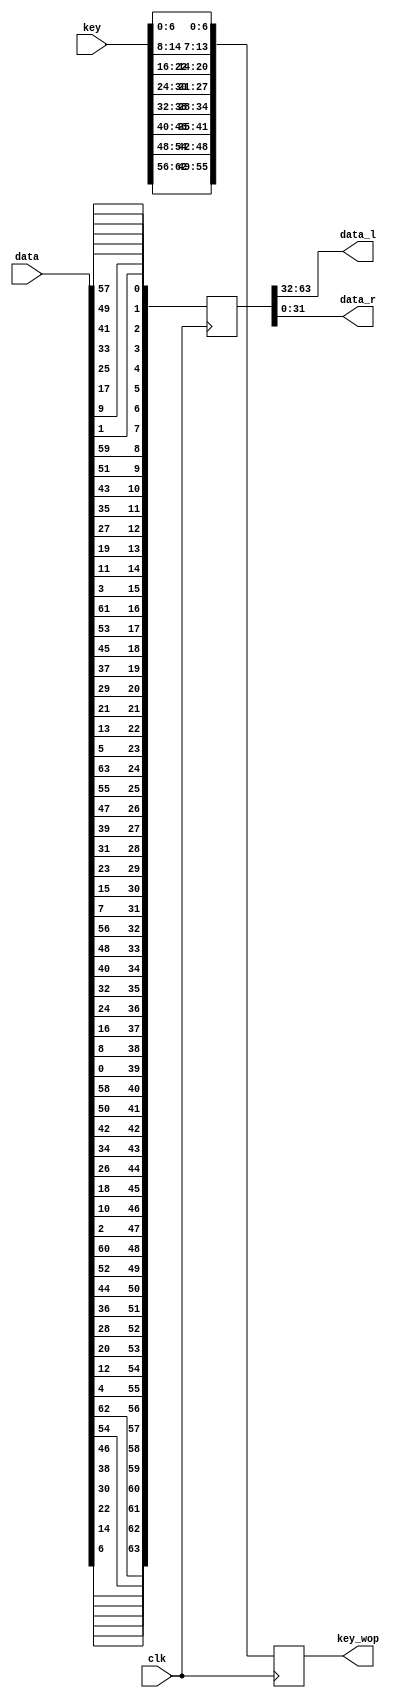
module stage1(input[64:1] data,key,
			  input clk,
			  output[32:1] data_l,data_r,
			  output reg[56:1] key_wop);
	
	reg[64:1] temp;
	
	assign data_l = temp[64:33];
	assign data_r = temp[32:1];
	
	always@(posedge clk)
	begin
		temp[1]<= data[58];
		temp[2]<= data[50];
		temp[3]<= data[42];
		temp[4]<= data[34];
		temp[5]<= data[26];
		temp[6]<= data[18];
		temp[7]<= data[10];
		temp[8]<= data[2];
		temp[9]<= data[60];
		temp[10]<= data[52];
		temp[11]<= data[44];
		temp[12]<= data[36];
		temp[13]<= data[28];
		temp[14]<= data[20];
		temp[15]<= data[12];
		temp[16]<= data[4];
		temp[17]<= data[62];
		temp[18]<= data[54];
		temp[19]<= data[46];
		temp[20]<= data[38];
		temp[21]<= data[30];
		temp[22]<= data[22];
		temp[23]<= data[14];
		temp[24]<= data[6];
		temp[25]<= data[64];
		temp[26]<= data[56];
		temp[27]<= data[48];
		temp[28]<= data[40];
		temp[29]<= data[32];
		temp[30]<= data[24];
		temp[31]<= data[16];
		temp[32]<= data[8];	
		temp[33]<= data[57];
		temp[34]<= data[49];
		temp[35]<= data[41];
		temp[36]<= data[33];
		temp[37]<= data[25];
		temp[38]<= data[17];
		temp[39]<= data[9];
		temp[40]<= data[1];
		temp[41]<= data[59];
		temp[42]<= data[51];
		temp[43]<= data[43];
		temp[44]<= data[35];
		temp[45]<= data[27];
		temp[46]<= data[19];
		temp[47]<= data[11];
		temp[48]<= data[3];
		temp[49]<= data[61];
		temp[50]<= data[53];
		temp[51]<= data[45];
		temp[52]<= data[37];
		temp[53]<= data[29];
		temp[54]<= data[21];
		temp[55]<= data[13];
		temp[56]<= data[5];
		temp[57]<= data[63];
		temp[58]<= data[55];
		temp[59]<= data[47];
		temp[60]<= data[39];
		temp[61]<= data[31];
		temp[62]<= data[23];
		temp[63]<= data[15];
		temp[64]<= data[7];

		key_wop[7:1] <= key[7:1];
		key_wop[14:8] <= key[15:9];
		key_wop[21:15] <= key[23:17];
		key_wop[28:22] <= key[31:25];
		key_wop[35:29] <= key[39:33];
		key_wop[42:36] <= key[47:41];
		key_wop[49:43] <= key[55:49];
		key_wop[56:50] <= key[63:57];
	
	end
	
endmodule